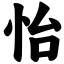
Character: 怡